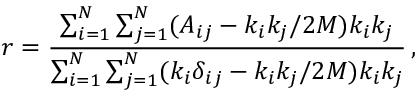
r = \frac { \sum _ { i = 1 } ^ { N } \sum _ { j = 1 } ^ { N } ( A _ { i j } - k _ { i } k _ { j } / 2 M ) k _ { i } k _ { j } } { \sum _ { i = 1 } ^ { N } \sum _ { j = 1 } ^ { N } ( k _ { i } \delta _ { i j } - k _ { i } k _ { j } / 2 M ) k _ { i } k _ { j } } \, ,